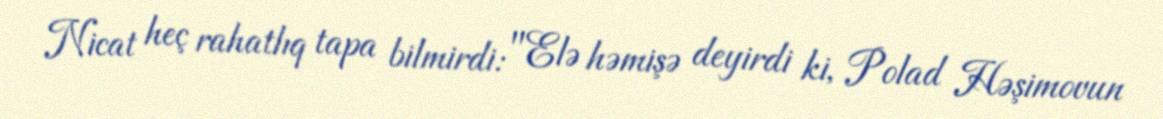
Nicat heç rahatlıq tapa bilmirdi: "Elə həmişə deyirdi ki, Polad Həşimovun